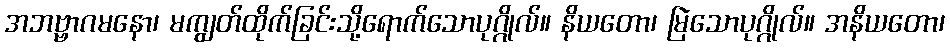
အဘဗ္ဗာဂမနော၊ မကျွတ်ထိုက်ခြင်းသို့ရောက်သောပုဂ္ဂိုလ်။ နိယတော၊ မြဲသောပုဂ္ဂိုလ်။ အနိယတော၊